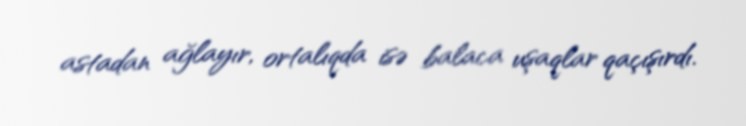
astadan ağlayır, ortalıqda isə balaca uşaqlar qaçışırdı.